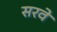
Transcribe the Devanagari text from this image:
सरवे